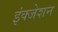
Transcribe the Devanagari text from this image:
इंक्जेशन